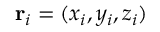
\mathbf { r } _ { i } = ( x _ { i } , y _ { i } , z _ { i } )